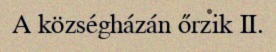
A községházán őrzik II.